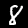
Digit: 8